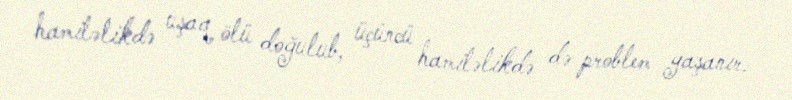
hamiləlikdə uşaq ölü doğulub, üçüncü hamiləlikdə də problem yaşanır.